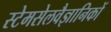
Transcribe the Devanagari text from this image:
स्टेमसेलवैज्ञानिकों